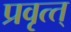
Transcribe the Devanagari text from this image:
प्रवृत्त्